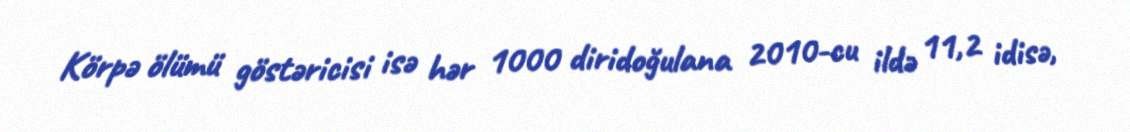
Körpə ölümü göstəricisi isə hər 1000 diridoğulana 2010-cu ildə 11,2 idisə,